Madras plague regulations in force outside the Presidency town - Volume 4
Disease focus: Plague
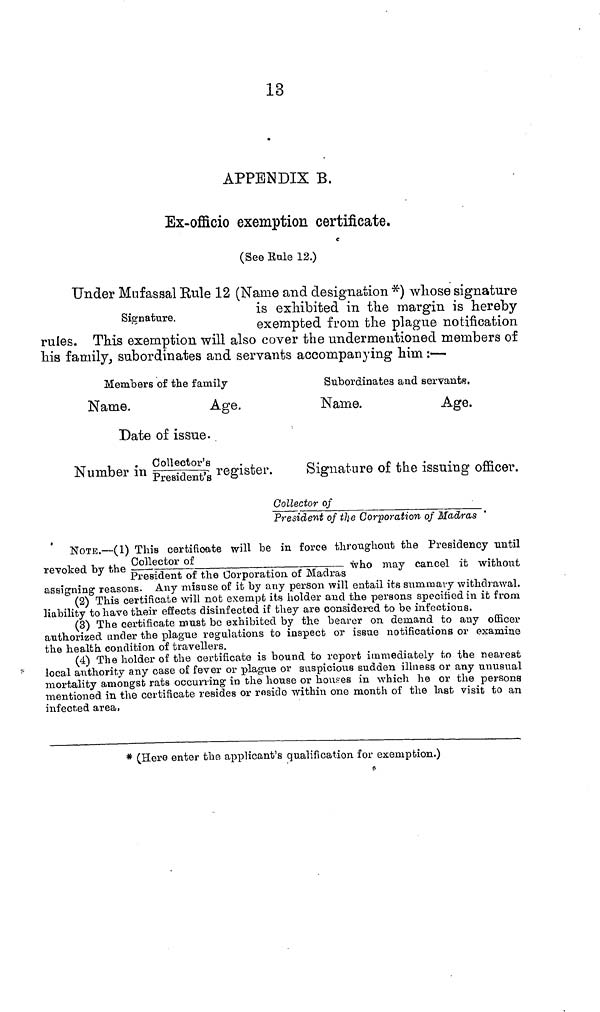
13
APPENDIX B.
Ex-officio exemption certificate.
(See Rule 12.)
Signature.
Under Mufassal Kule 12 (Name and designation *) whose signature
is exhibited in the margin is hereby
exempted from the plague notification
rules. This exemption will also cover the undermentioned members of
his family, subordinates and servants accompanying him :—
Members of the family
Name.
Age.
Date of issue.
,
. Collector's / Pr esi dent ' s register . .
Number in
Subordinates and servants.
Name.
Age.
Signature of the issuing officer.
Collector of /President of the corporation of Madras
NOTE.—(1) This certificate will be in force throughout the Presidency until
revoked by the Collector of/President of the corporation of Madras who may cancel it without
assigning reasons. Any misase of it by any person will entail its summary withdrawal.
(2) This certificate will not exempt its holder and the persons specified in it from
liability to have their effects disinfected if they are considered to be infections.
(3) The certificate must be exhibited by the bearer on demand to any officer
authorized under the plague regulations to inspect or issue notifications or examine
the health condition of travellers.
(4) The holder of the certificate is bound to report immediately to the nearest
local authority any case of fever or plague or suspicious sudden illness or any unusual
mortality amongst rats occurring in the house or houses in which he or the persons
mentioned in the certificate resides or reside within one month of the last visit to an
infected area,
* (Here enter the applicant's qualification for exemption.)